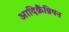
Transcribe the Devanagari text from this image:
आदिक्रैंब्रियन